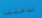
تدخلنا